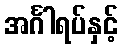
အင်္ဂါရပ်နှင့်